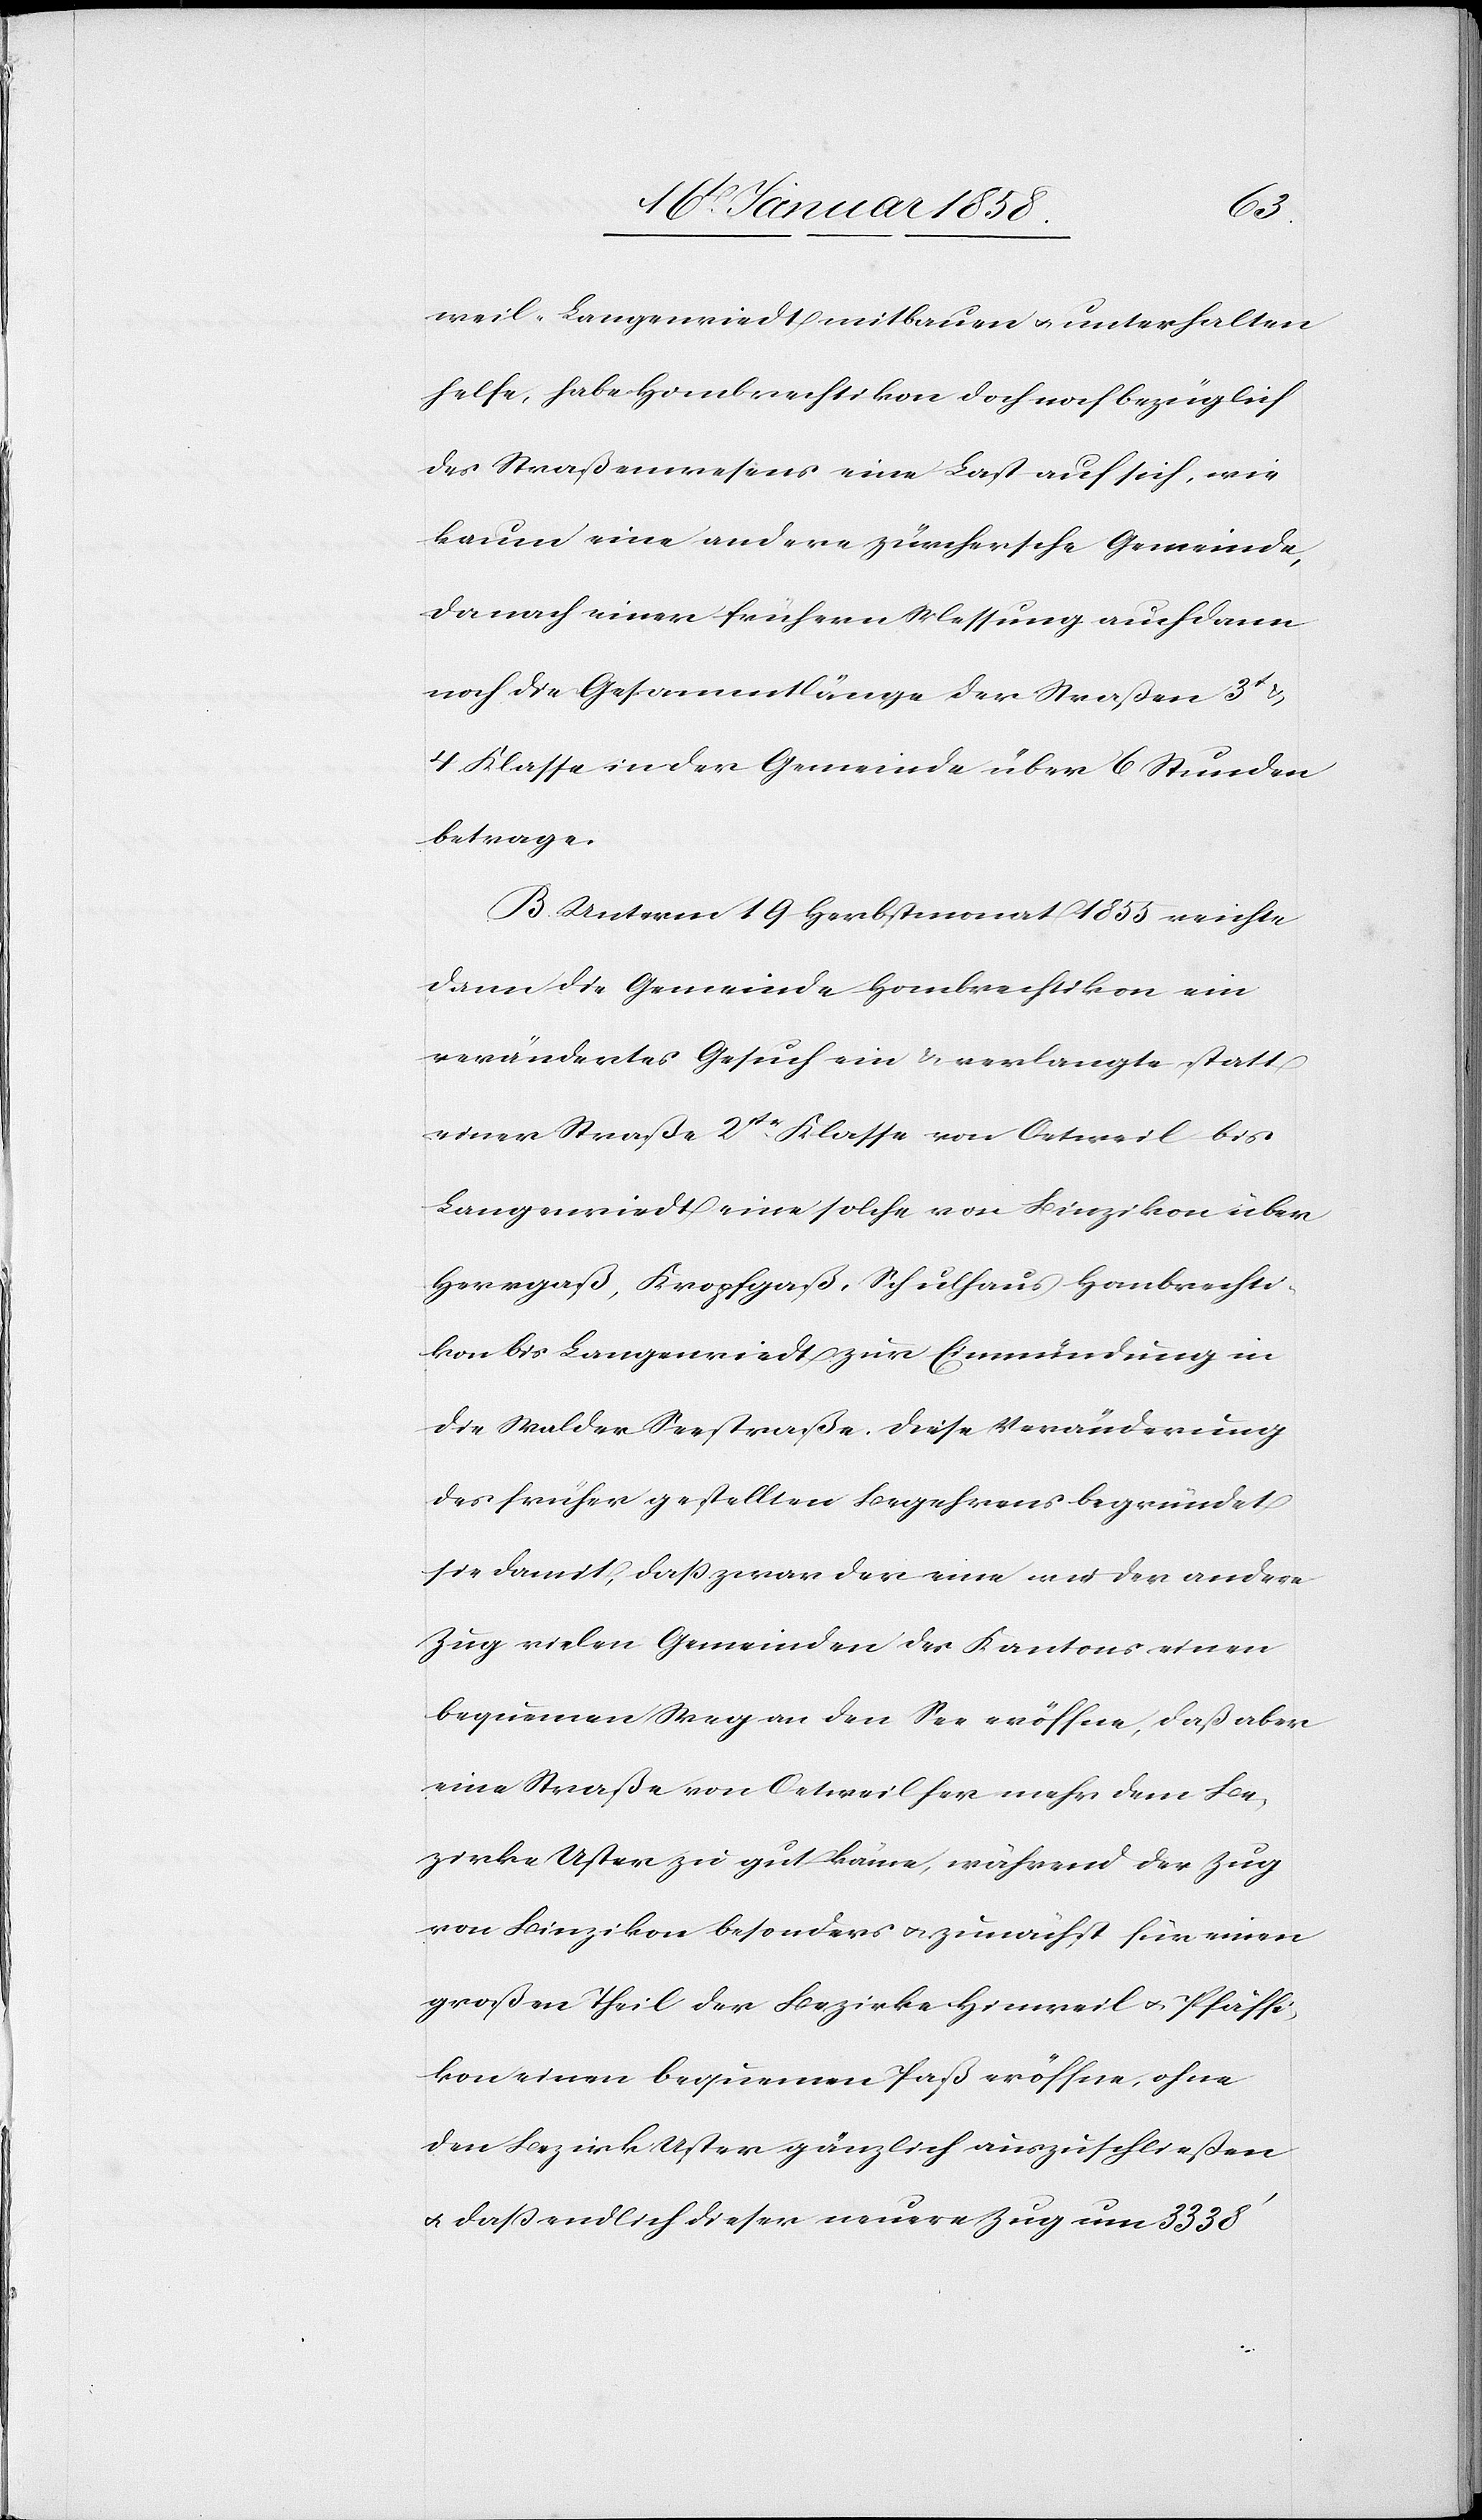
weil-Langenriedt mitbauen u. unterhalten
helfe, habe Hombrechtikon doch noch bezüglich
des Straßenwesens eine Last auf sich, wie
kaum eine andere zürchersche Gemeinde,
da nach einer frühern Messung auch dann
noch die Gesammtlänge der Straßen 3t &
4. Klasse in der Gemeinde über 6 Stunden
betrage.
B. Unterm 19 Herbstmonat 1855 reichte
dann die Gemeinde Hombrechtikon ein
verändertes Gesuch ein u. verlangte statt
einer Straße 2tr. Klasse von Oetweil bis
Langenriedt eine solche von Binzikon über
Herrgaß, Kropfgaß, Schulhaus Hombrechti¬
kon bis Langenriedt zur Einmündung in
die Walder Seestraße. Diese Veränderung
des früher gestellten Begehrens begründet
sie damit, daß zwar der eine wie der andere
Zug vielen Gemeinden des Kantons einen
bequemen Weg an den See eröffne, daß aber
eine Straße von Oetweil her mehr dem Be¬
zirke Uster zu gut käme, während der Zug
von Binzikon besonders u. zunächst für einen
großen Theil der Bezirke Hinweil u. Pfäffi¬
kon einen bequemen Paß eröffne, ohne
den Bezirk Uster gänzlich auszuschließen
u. daß endlich dieser neuere Zug um 3338’